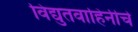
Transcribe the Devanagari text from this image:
विद्युतवाहिनीचे